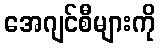
အေဂျင်စီများကို